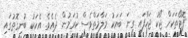
ފޮޓޯތަކަށް ޖޯކު ޖަހާފައި ގިނަ ބަޔަކު މަލާމަތްވެސް ކުރަމުން ދެއެވެ. އެކަކު ބުނިގޮތުގައި